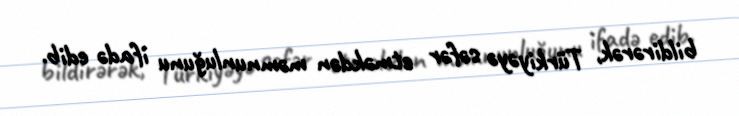
bildirərək, Türkiyəyə səfər etməkdən məmnunluğunu ifadə edib.